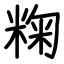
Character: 粷